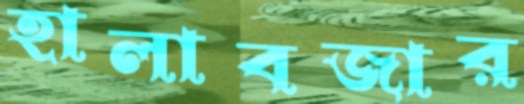
হালাবজার